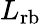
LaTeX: L_{\mathrm{rb}}